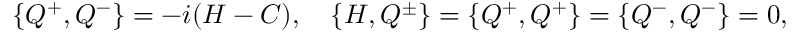
\{ Q ^ { + } , Q ^ { - } \} = - i ( H - C ) , \quad \{ H , Q ^ { \pm } \} = \{ Q ^ { + } , Q ^ { + } \} = \{ Q ^ { - } , Q ^ { - } \} = 0 ,